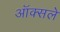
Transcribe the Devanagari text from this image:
ऑक्सले